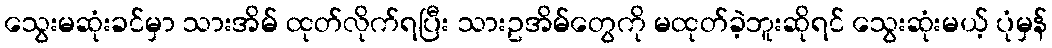
သွေးမဆုံးခင်မှာ သားအိမ် ထုတ်လိုက်ရပြီး သားဥအိမ်တွေကို မထုတ်ခဲ့ဘူးဆိုရင် သွေးဆုံးမယ့် ပုံမှန်